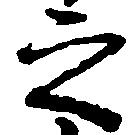
之